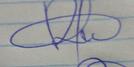
Signature authenticity: genuine